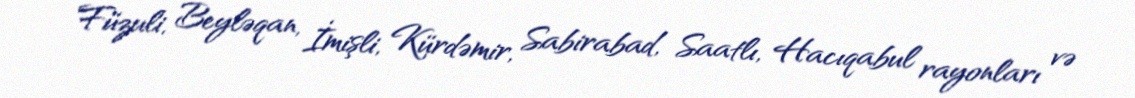
Füzuli, Beyləqan, İmişli, Kürdəmir, Sabirabad, Saatlı, Hacıqabul rayonları və